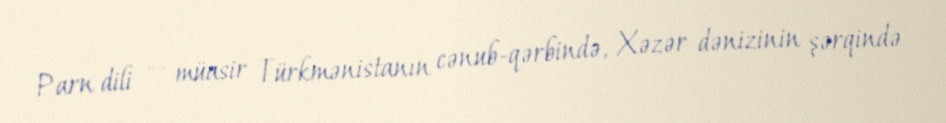
Parn dili — müasir Türkmənistanın cənub-qərbində, Xəzər dənizinin şərqində